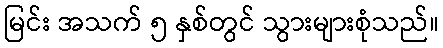
မြင်း အသက် ၅ နှစ်တွင် သွားများစုံသည်။